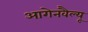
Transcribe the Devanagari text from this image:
आगेनवैल्यू